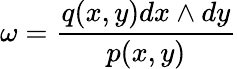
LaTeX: \omega={\frac{q(x,y)dx\wedge dy}{p(x,y)}}